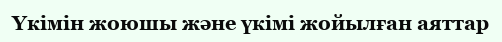
Үкімін жоюшы және үкімі жойылған аяттар